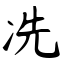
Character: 冼